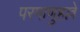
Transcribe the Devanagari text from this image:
परमाणुहल्ले